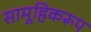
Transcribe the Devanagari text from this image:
सामूहिकरूप